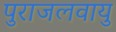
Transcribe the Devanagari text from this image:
पुराजलवायु